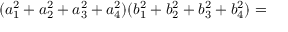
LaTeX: ( a _ { 1 } ^ { 2 } + a _ { 2 } ^ { 2 } + a _ { 3 } ^ { 2 } + a _ { 4 } ^ { 2 } ) ( b _ { 1 } ^ { 2 } + b _ { 2 } ^ { 2 } + b _ { 3 } ^ { 2 } + b _ { 4 } ^ { 2 } ) =